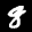
Label: 8